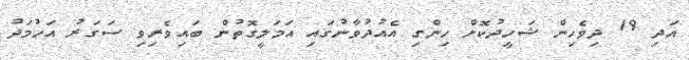
އަދި 19 ދިވެހިން ޝަހީދުކޮށް ހިންގި އެއުދުވާނުގައި އަމަލީގޮތުން ބައިވެރިވި ސަގަރު އަހުމަދު